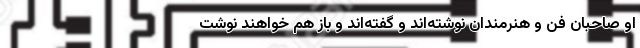
او صاحبان فن و هنرمندان نوشته‌اند و گفته‌اند و باز هم خواهند نوشت